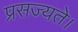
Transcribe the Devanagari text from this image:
प्रसज्यते।